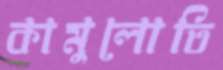
কামুলোতি